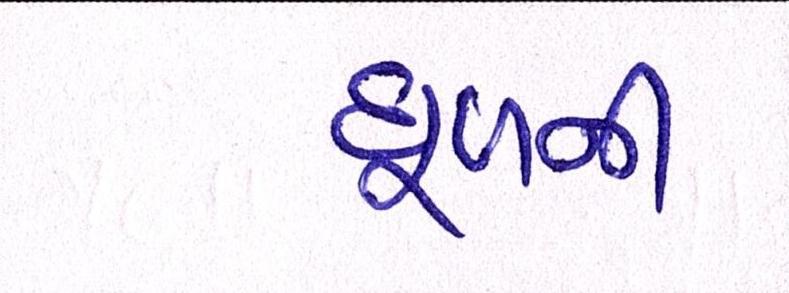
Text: ધૂળની